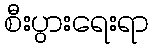
စီးပွားရေးရာ